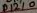
Text: D12/0